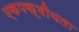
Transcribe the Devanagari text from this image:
एकपक्षीयता